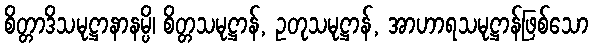
စိတ္တာဒိသမုဋ္ဌာနာနမ္ပိ၊ စိတ္တသမုဋ္ဌာန်, ဥတုသမုဋ္ဌာန်, အာဟာရသမုဋ္ဌာန်ဖြစ်သော